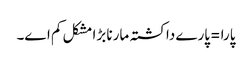
پارا =پارے دا کشتہ مارنا بڑا مشکل کم اے۔